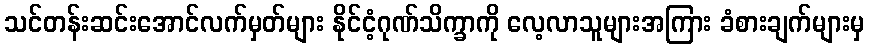
သင်တန်းဆင်းအောင်လက်မှတ်များ နိုင်ငံ့ဂုဏ်သိက္ခာကို လေ့လာသူများအကြား ခံစားချက်များမှ